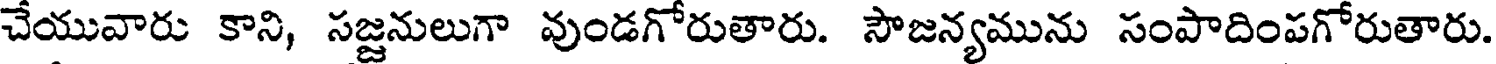
చేయువారు కాని, సజ్జనులుగా వుండగోరుతారు. సౌజన్యమును సంపాదింపగోరుతారు.